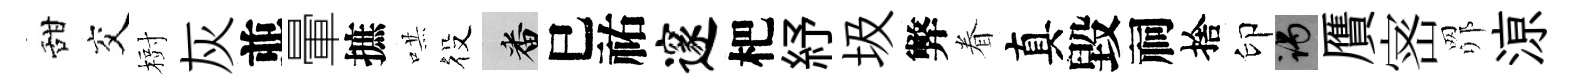
甜交𣗳灰並暈摭哄役番巳祐邃杷紓圾弊眷真毀祠捨印谒贋宻𦊑鿌